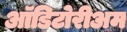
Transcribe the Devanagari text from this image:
ऑडिटोरीअम